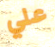
علي